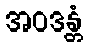
အဝဒန္တံ